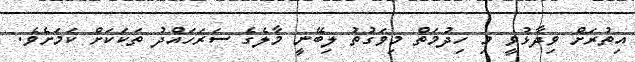
އިތުރަށް ވިދާޅުވީ މި ހިދުމަތް މިވަގުތު ލިބޭނީ މާލެގެ ސަރަހައްދު ތަކަކަށް ކަމަށެވެ.